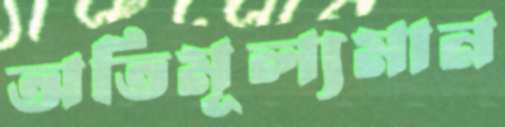
অতিমূল্যমান